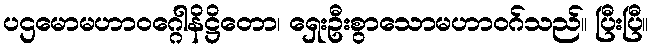
ပဌမောမဟာဝဂ္ဂေါနိဋ္ဌိတော၊ ရှေးဦးစွာသောမဟာဝဂ်သည်။ ပြီးပြီ။